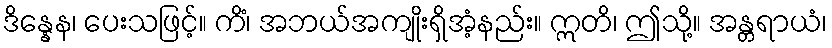
ဒိန္နေန၊ ပေးသဖြင့်။ ကိံ၊ အဘယ်အကျိုးရှိအံ့နည်း။ ဣတိ၊ ဤသို့။ အန္တရာယံ၊